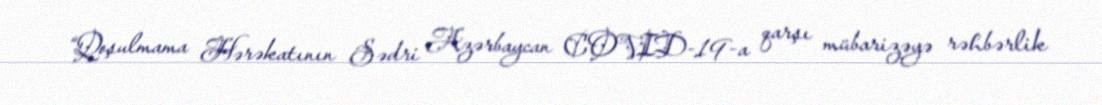
“Qoşulmama Hərəkatının Sədri Azərbaycan COVID-19-a qarşı mübarizəyə rəhbərlik